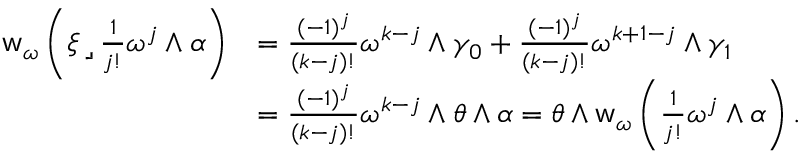
\begin{array} { r l } { \mathsf { w } _ { \omega } \left( \xi \operatorname { \lrcorner } \frac { 1 } { j ! } \omega ^ { j } \wedge \alpha \right) } & { = \frac { ( - 1 ) ^ { j } } { ( k - j ) ! } \omega ^ { k - j } \wedge \gamma _ { 0 } + \frac { ( - 1 ) ^ { j } } { ( k - j ) ! } \omega ^ { k + 1 - j } \wedge \gamma _ { 1 } } \\ & { = \frac { ( - 1 ) ^ { j } } { ( k - j ) ! } \omega ^ { k - j } \wedge \theta \wedge \alpha = \theta \wedge \mathsf { w } _ { \omega } \left( \frac { 1 } { j ! } \omega ^ { j } \wedge \alpha \right) . } \end{array}